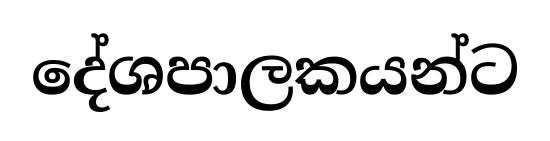
දේශපාලකයන්ට